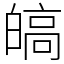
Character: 皜